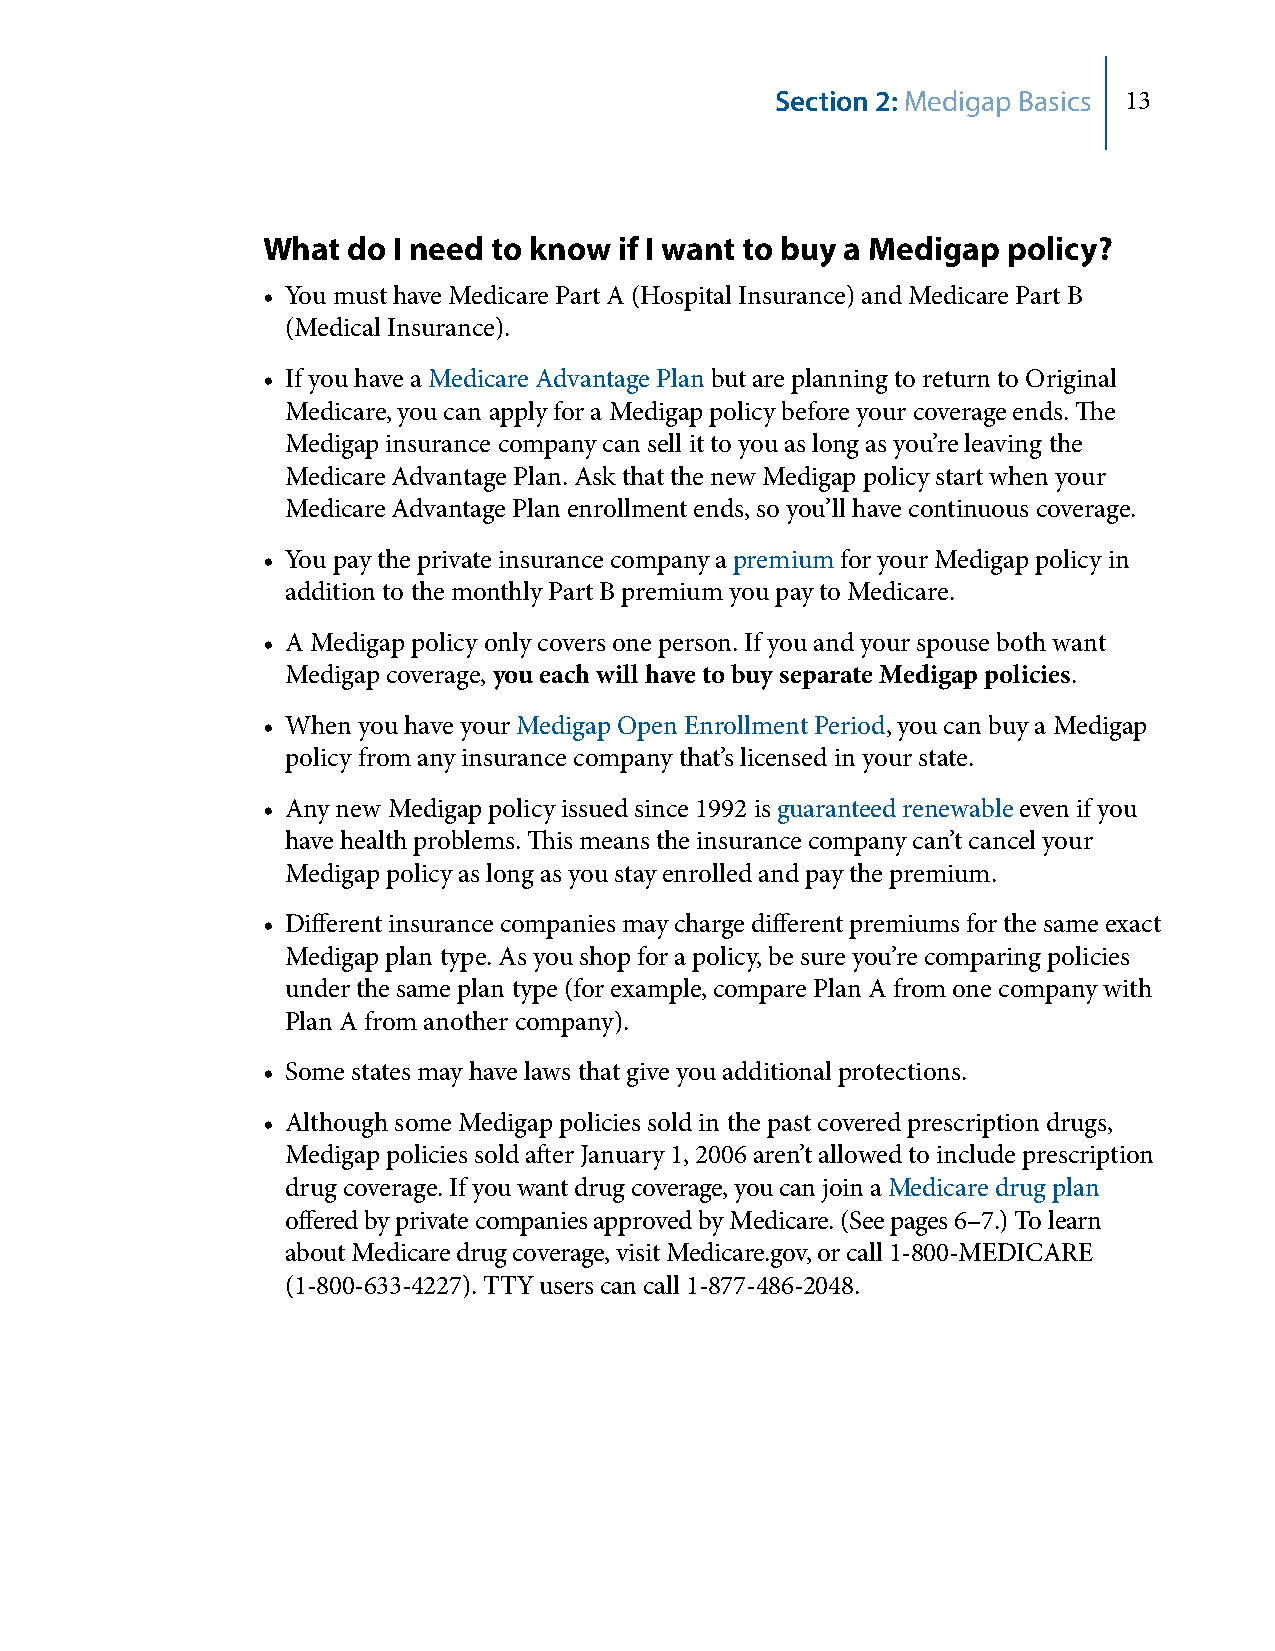
Section 2: Medigap Basics 13
 What  do I need to know if I want to buy a Medigap policy?
 • You must have Medicare Part A (Hospital Insurance) and Medicare Part B
 (Medical Insurance).
 • If you have a Medicare Advantage Plan but are planning to return to Original
 Medicare, you can apply for a Medigap policy before your coverage ends. The
 Medigap insurance company can sell it to you as long as you’re leaving the
 Medicare Advantage Plan. Ask that the new Medigap policy start when your
 Medicare Advantage Plan enrollment ends, so you’ll have continuous coverage.
 • You pay the private insurance company a premium for your Medigap policy in
 addition to the monthly Part B premium you pay to Medicare.
 • A Medigap policy only covers one person. If you and your spouse both want
 Medigap coverage, you each will have to buy separate Medigap policies.
 • When you have your Medigap Open Enrollment Period, you can buy a Medigap
 policy from any insurance company that’s licensed in your state.
 • Any new Medigap policy issued since 1992 is guaranteed renewable even if you
 have health problems. This means the insurance company can’t cancel your
 Medigap policy as long as you stay enrolled and pay the premium.
 • Different insurance companies may charge different premiums for the same exact
 Medigap plan type. As you shop for a policy, be sure you’re comparing policies
 under the same plan type (for example, compare Plan A from one company with
 Plan A from another company).
 • Some states may have laws that give you additional protections.
 • Although some Medigap policies sold in the past covered prescription drugs,
 Medigap policies sold after January 1, 2006 aren’t allowed to include prescription
 drug coverage. If you want drug coverage, you can join a Medicare drug plan
 offered by private companies approved by Medicare. (See pages 6–7.) To learn
 about Medicare drug coverage, visit Medicare.gov, or call 1‑800‑MEDICARE
 (1‑800‑633‑4227). TTY users can call 1‑877‑486‑2048.